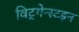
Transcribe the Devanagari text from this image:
विट्गेन्स्टइन